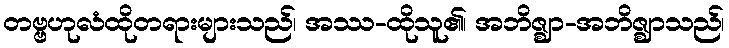
တဗ္ဗဟုလံထိုတရားများသည်၊ အဿ-ထိုသူ၏၊ အဘိဇ္ဈာ-အဘိဇ္ဈာသည်၊